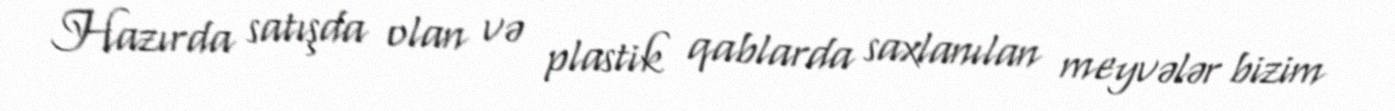
Hazırda satışda olan və plastik qablarda saxlanılan meyvələr bizim